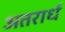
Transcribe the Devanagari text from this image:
अतरार्ध